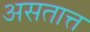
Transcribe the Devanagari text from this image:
असतात्त